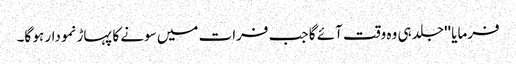
فرمایا ''جلد ہی وہ وقت آئے گا جب فرات میں سونے کا پہاڑ نمودار ہو گا۔